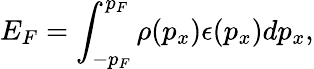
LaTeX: E_{F}=\int_{-p_{F}}^{p_{F}}\rho(p_{x})\epsilon(p_{x})dp_{x},